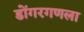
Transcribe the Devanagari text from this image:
डोंगरगणला